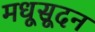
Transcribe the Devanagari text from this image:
मधूसूदन